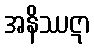
အနိဿဋာ